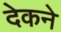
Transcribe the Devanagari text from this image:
देकने